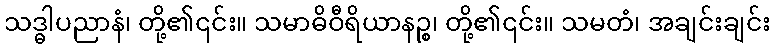
သဒ္ဓါပညာနံ၊ တို့၏၎င်း။ သမာဓိဝီရိယာနဉ္စ၊ တို့၏၎င်း။ သမတံ၊ အချင်းချင်း